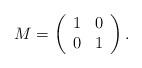
LaTeX: \begin{align*}M=\left(\begin{array}{ll}1 & 0 \\0 & 1\end{array}\right) .\end{align*}